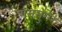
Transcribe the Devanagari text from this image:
रामसुमेर